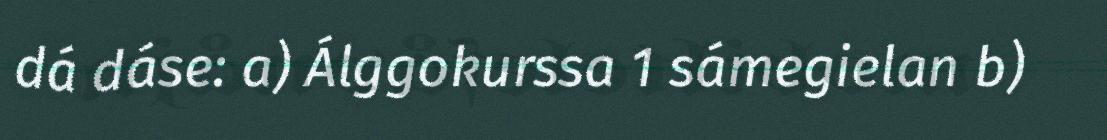
dá dáse: a) Álggokurssa 1 sámegielan b)